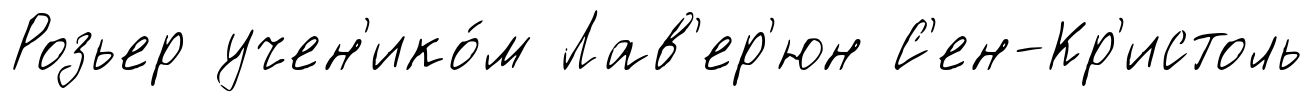
Розьер учен'ико́м Лав'ер'юн С'ен-Кр'истоль